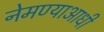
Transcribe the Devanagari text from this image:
नेमण्याआधी